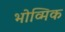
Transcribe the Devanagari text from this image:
भोव्मिक